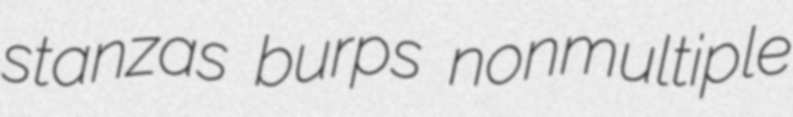
stanzas burps nonmultiple